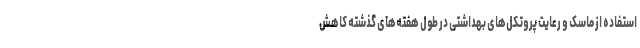
استفاده از ماسک و رعایت پروتکل‌های بهداشتی در طول هفته‌های گذشته کاهش